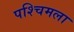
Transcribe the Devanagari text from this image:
पश्‍चिमला